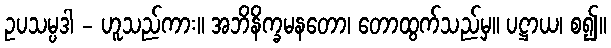
ဥပသမ္ပဒါ - ဟူသည်ကား။ အဘိနိက္ခမနတော၊ တောထွက်သည်မှ။ ပဋ္ဌာယ၊ စ၍။